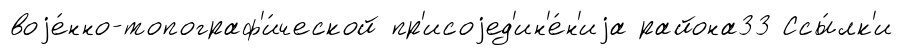
воjе́нно-топограф'и́ческой пр'исоjед'ин'е́н'иjа района33 Ссы́лк'и